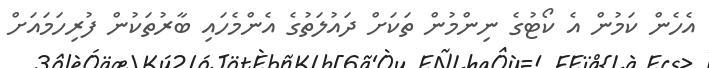
އެހެން ކަމުން އެ ކޯޓުގެ ނިންމުން ތަކަށް ދައުލަތުގެ އެންމެހައި ބާރުތަކުން ފުރިހަމައަށް